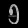
Digit: ၅